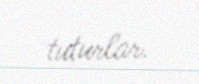
tuturlar.